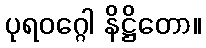
ပုရဝဂ္ဂေါ နိဋ္ဌိတော။